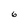
Character: 6